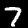
Label: 7